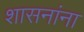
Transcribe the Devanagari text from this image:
शासनांना